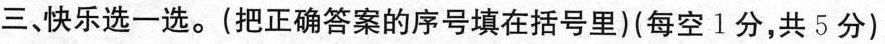
三、快乐选一选。(把正确答案的序号填在括号里)(每空1分，共5分)